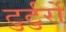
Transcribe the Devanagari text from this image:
टुर्टुर्रो